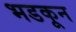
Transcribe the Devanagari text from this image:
भडकून